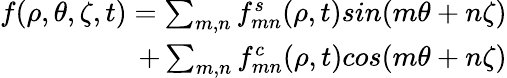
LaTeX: \begin{array}{r}{f(\rho,\theta,\zeta,t)=\sum_{m,n}f_{mn}^{s}(\rho,t)sin(m\theta+n\zeta)}\\ {+\sum_{m,n}f_{mn}^{c}(\rho,t)cos(m\theta+n\zeta)}\end{array}